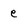
Character: e